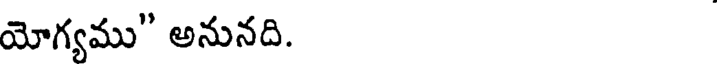
యోగ్యము" అనునది.